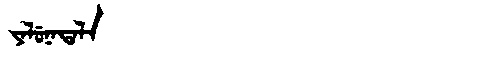
Manchu: ᠶᠠᠯᡠᠨᠠᡨᠠᠯᠠ
Romanization: YALUNATALA